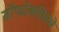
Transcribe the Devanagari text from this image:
सॉफोक्लीसचे